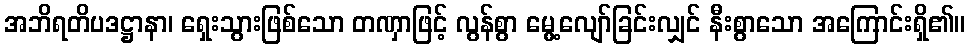
အဘိရတိပဒဋ္ဌာနာ၊ ရှေးသွားဖြစ်သော တဏှာဖြင့် လွန်စွာ မွေ့လျော်ခြင်းလျှင် နီးစွာသော အကြောင်းရှိ၏။